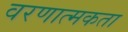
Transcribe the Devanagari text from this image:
वरणात्मकता